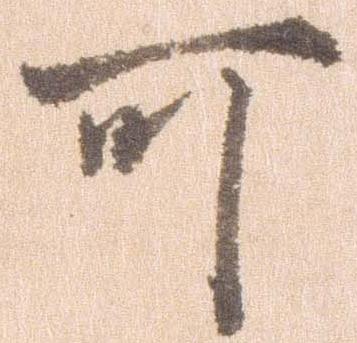
可